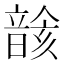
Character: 𩐰